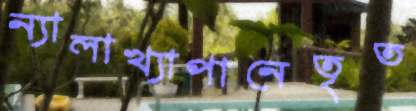
ন্যালাখ্যাপানেতৃত